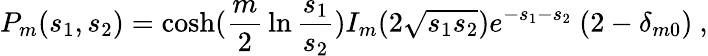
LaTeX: P_{m}(s_{1},s_{2})=\cosh({\frac{m}{2}}\ln{\frac{s_{1}}{s_{2}}})I_{m}(2\sqrt{s_{1}s_{2}})e^{-s_{1}-s_{2}}\ (2-\delta_{m0})\ ,